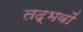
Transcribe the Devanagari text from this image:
तद्भवों